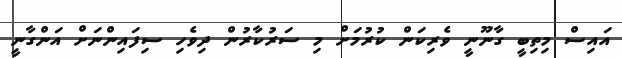
އައިސް މިތިބީ ގާނޫނީ ވެރިކަން ކުރުމަށް މި ސަރުކާރުން ދިވެހި ސިފައިންނަށް އަންގާނީ